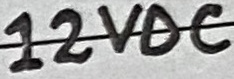
Text: 12VDC